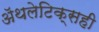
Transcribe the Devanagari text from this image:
ॲथलेटिक्सही